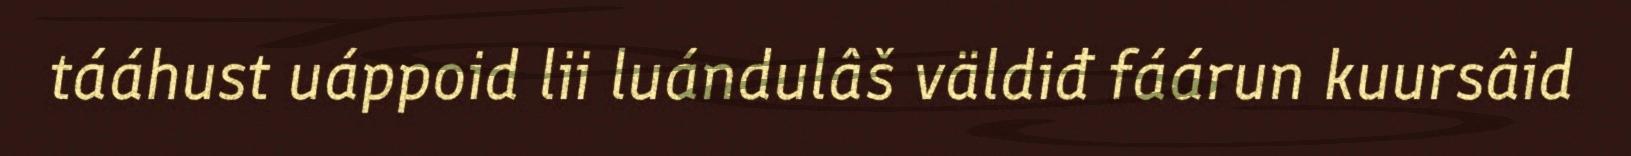
tááhust uáppoid lii luándulâš väldiđ fáárun kuursâid